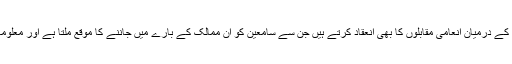
تمام بین الاقوامی نشریاتی ادارے سامعین کے درمیان انعامی مقابلوں کا بھی انعقاد کرتے ہیں جن سے سامعین کو ان ممالک کے بارے میں جاننے کا موقع ملتا ہے اور معلوماتِ عامہ میں بھی خاصہ اضافہ ہوتا ہے۔